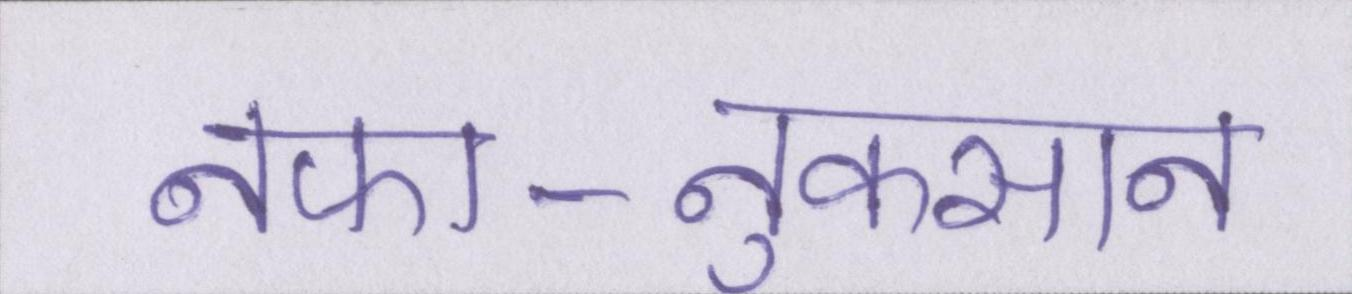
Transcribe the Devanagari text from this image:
नफा-नुकसान